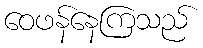
ဝေဖန်နေကြသည်